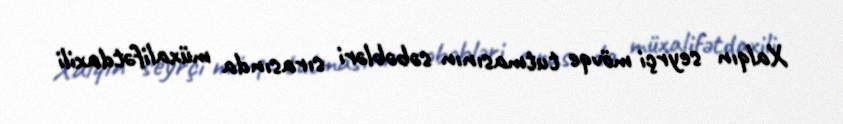
Xalqın seyrçi mövqe tutmasının səbəbləri sırasında müxalifətdaxili